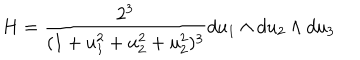
H = \frac { 2 ^ { 3 } } { ( 1 + u _ { 1 } ^ { 2 } + u _ { 2 } ^ { 2 } + u _ { 2 } ^ { 2 } ) ^ { 3 } } d u _ { 1 } \wedge d u _ { 2 } \wedge d u _ { 3 }